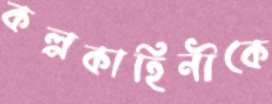
কল্পকাহিনীকে